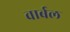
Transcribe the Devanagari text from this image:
वार्बल